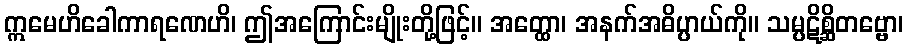
ဣမေဟိခေါကာရဏေဟိ၊ ဤအကြောင်းမျိုးတို့ဖြင့်။ အတ္ထော၊ အနက်အဓိပ္ပာယ်ကို။ သမ္ပဋိစ္ဆိတဗ္ဗော၊